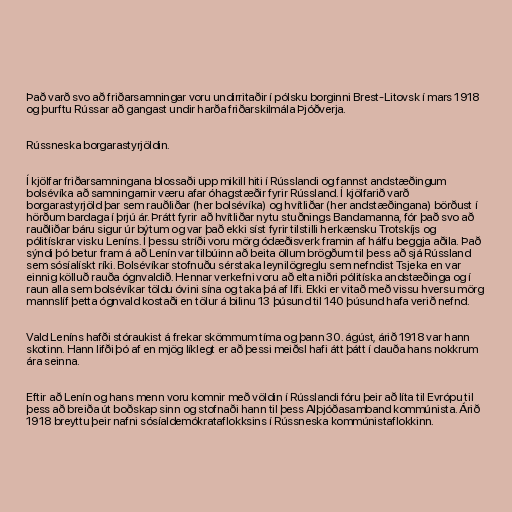
Það varð svo að friðarsamningar voru undirritaðir í pólsku borginni Brest-Litovsk í mars 1918
og þurftu Rússar að gangast undir harða friðarskilmála Þjóðverja.

Rússneska borgarastyrjöldin.

Í kjölfar friðarsamningana blossaði upp mikill hiti í Rússlandi og fannst andstæðingum
bolsévíka að samningarnir væru afar óhagstæðir fyrir Rússland. Í kjölfarið varð
borgarastyrjöld þar sem rauðliðar (her bolsévíka) og hvítliðar (her andstæðingana) börðust í
hörðum bardaga í þrjú ár. Þrátt fyrir að hvítliðar nytu stuðnings Bandamanna, fór það svo að
rauðliðar báru sigur úr býtum og var það ekki síst fyrir tilstilli herkænsku Trotskíjs og
pólitískrar visku Leníns. Í þessu stríði voru mörg ódæðisverk framin af hálfu beggja aðila. Það
sýndi þó betur fram á að Lenín var tilbúinn að beita öllum brögðum til þess að sjá Rússland
sem sósíalískt ríki. Bolsévíkar stofnuðu sérstaka leynilögreglu sem nefndist Tsjeka en var
einnig kölluð rauða ógnvaldið. Hennar verkefni voru að elta niðri pólitíska andstæðinga og í
raun alla sem bolsévíkar töldu óvini sína og taka þá af lífi. Ekki er vitað með vissu hversu mörg
mannslíf þetta ógnvald kostaði en tölur á bilinu 13 þúsund til 140 þúsund hafa verið nefnd.

Vald Leníns hafði stóraukist á frekar skömmum tíma og þann 30. ágúst, árið 1918 var hann
skotinn. Hann lifði þó af en mjög líklegt er að þessi meiðsl hafi átt þátt í dauða hans nokkrum
ára seinna.

Eftir að Lenín og hans menn voru komnir með völdin í Rússlandi fóru þeir að líta til Evrópu til
þess að breiða út boðskap sinn og stofnaði hann til þess Alþjóðasamband kommúnista. Árið
1918 breyttu þeir nafni sósíaldemókrataflokksins í Rússneska kommúnistaflokkinn.